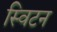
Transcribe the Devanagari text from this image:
स्विटन